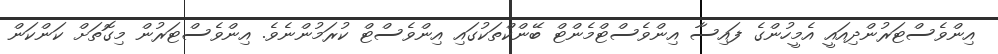
އިންވެސްޓަރުންދިއައީ އެމީހުންގެ ފައިސާ އިންވެސްޓްމެންޓް ބޭންކްތަކުގައި އިންވެސްޓް ކުރަމުންނެވެ. އިންވެސްޓަރުން މިގޮތަށް ކަންކަން